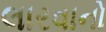
લારવાનો